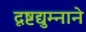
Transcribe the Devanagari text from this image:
दृष्टद्युम्नाने